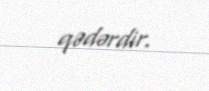
qədərdir.